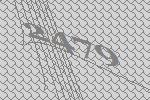
2479